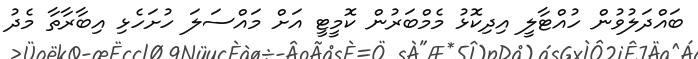
ބައްދަލުވުން ހުއްޓާލީ އިދިކޮޅު މެމްބަރުން ކޮމީޓީ އަށް މައްސަލަ ހުށަހެޅި އިބާރާތާ މެދު